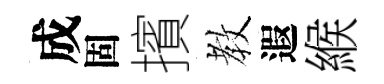
成固擯教遐緱